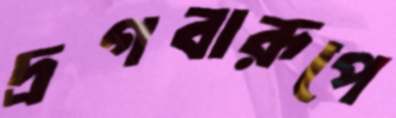
দ্রগবারূপে